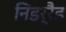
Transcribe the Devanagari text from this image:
निडर्रैड